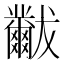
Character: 𬋾